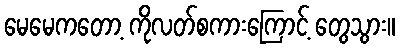
မေမေကတော့ ကိုလတ်စကားကြောင့် တွေသွား။